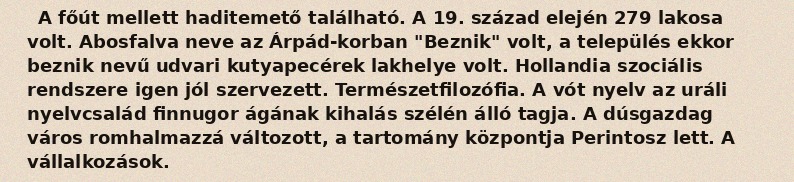
A főút mellett haditemető található. A 19. század elején 279 lakosa volt. Abosfalva neve az Árpád-korban "Beznik" volt, a település ekkor beznik nevű udvari kutyapecérek lakhelye volt. Hollandia szociális rendszere igen jól szervezett. Természetfilozófia. A vót nyelv az uráli nyelvcsalád finnugor ágának kihalás szélén álló tagja. A dúsgazdag város romhalmazzá változott, a tartomány központja Perintosz lett. A vállalkozások.